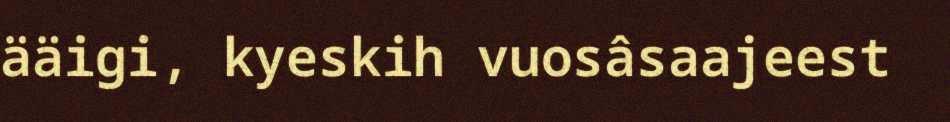
ääigi, kyeskih vuosâsaajeest